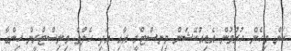
ކަން މިހެން ހުރުމުން އެޑިއުކޭޝަން މިނިސްޓްރީ އާއި އަދި ހެލްތް މިނިސްޓްރީން ހިންގާ